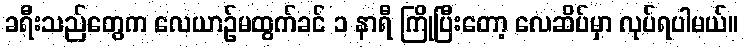
ခရီးသည်တွေက လေယာဉ်မထွက်ခင် ၁ နာရီ ကြိုပြီးတော့ လေဆိပ်မှာ လုပ်ရပါမယ်။